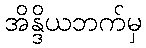
အိန္ဒိယဘက်မှ